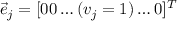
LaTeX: { \vec { e } } _ { j } = [ 0 0 \ldots ( v _ { j } = 1 ) \ldots 0 ] ^ { T }